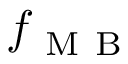
f _ { \mathrm { ~ M ~ B ~ } }